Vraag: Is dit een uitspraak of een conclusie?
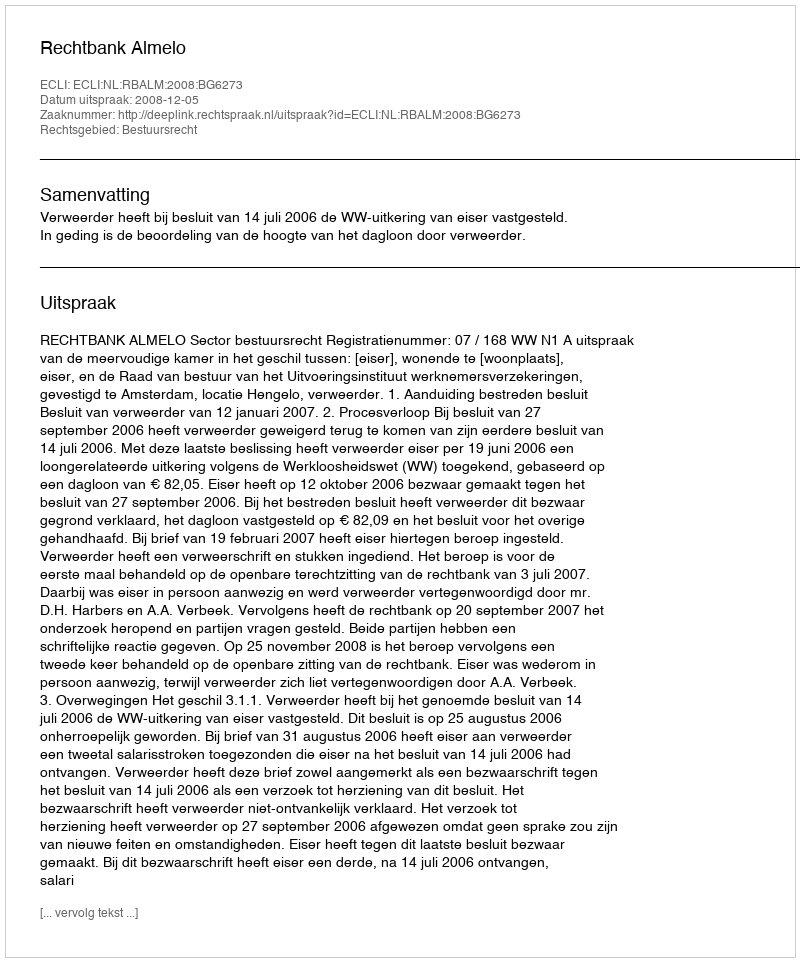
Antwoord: Uitspraak